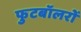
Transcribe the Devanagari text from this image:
फुटबॉलरों